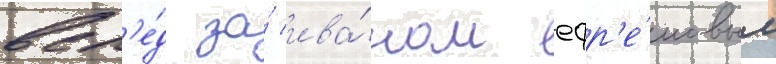
всл'е́д за́ ива́ном ефр'е́мовым